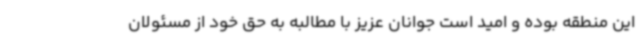
این منطقه بوده و امید است جوانان عزیز با مطالبه به حق خود از مسئولان